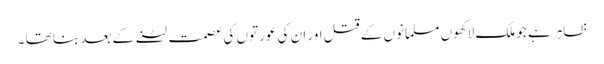
ظاہر ہے جو ملک لاکھوں مسلمانوں کے قتل اور ان کی عورتوں کی عصمت لٹنے کے بعد بنا تھا ۔